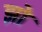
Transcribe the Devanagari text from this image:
झो